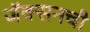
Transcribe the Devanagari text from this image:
जॅक्सनची